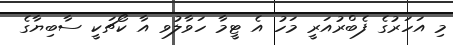
މި އަހަރުގެ ފެބްރުއަރީ މަހު އެ ޓީމާ ހަވާލުވ އާ ކޯޗަކީ ސާބިޔާގެ